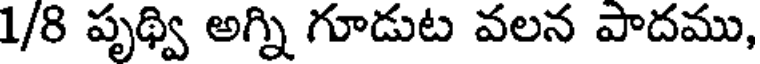
1/8 పృథ్వి అగ్ని గూడుట వలన పాదము,